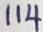
1 1 4